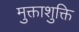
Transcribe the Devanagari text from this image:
मुक्ताशुक्ति